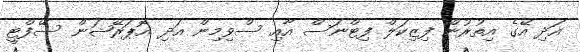
އަދި އޭގެ އިތުރުން ފިޒިކަލް ފިޓްނަސް އާއި ސްވިމިން އަދި އޮޕަރޭޝަން ސޭފްޓީ